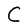
Character: C